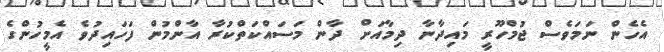
އެހެން ނަމަވެސް ޖުމްހޫރީ މައިދާނާ ދިމާއަށް ދާން މަސައްކަތްކުރާ އާންމުން ފަހައިދުވެ އެމީހުންގެ